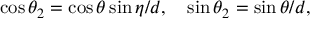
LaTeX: \cos { \theta _ { 2 } } = \cos { \theta } \sin { \eta } / d , \quad \sin { \theta _ { 2 } } = \sin { \theta } / d ,